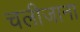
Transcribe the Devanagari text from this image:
चलीजाना